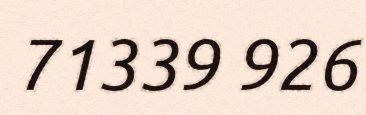
71339 926